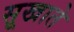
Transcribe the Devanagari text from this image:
सूखाते